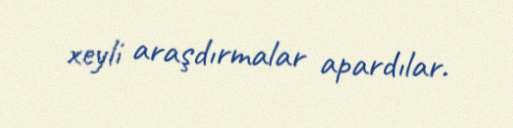
xeyli araşdırmalar apardılar.